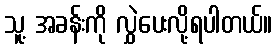
သူ့ အခန်းကို လွှဲပေးလို့ရပါတယ်။